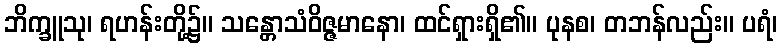
ဘိက္ခူသု၊ ရဟန်းတို့၌။ သန္တောသံဝိဇ္ဇမာနော၊ ထင်ရှားရှိ၏။ ပုနစ၊ တဘန်လည်း။ ပရံ၊